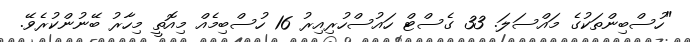
"ހުސްބިންތަކުގެ މައްސަލަ. 33 ގެސްޓް ހައުސްހުރިއިރު 16 ހުސްބިމެއް މިއޮތީ މިހާރު ބޭނުންކުރެވޭ.